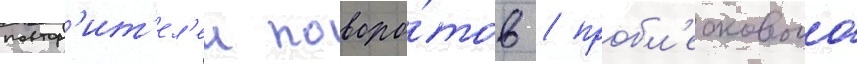
повтор'ит'ел'еи поворо́тов / пробл'ескового